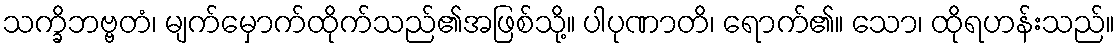
သက္ခိဘဗ္ဗတံ၊ မျက်မှောက်ထိုက်သည်၏အဖြစ်သို့။ ပါပုဏာတိ၊ ရောက်၏။ သော၊ ထိုရဟန်းသည်။